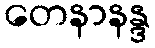
တေနာနန္ဒ